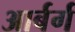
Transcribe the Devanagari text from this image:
आर्बर्ग